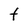
Character: t